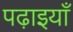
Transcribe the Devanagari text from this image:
पढ़ाइयाँ